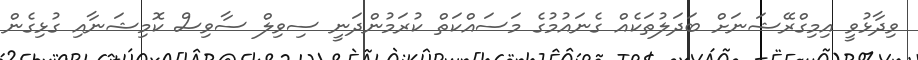
ވިދާޅުވީ އިމިގްރޭޝަނަށް ބަދަލުތަކެއް ގެނައުމުގެ މަސައްކަތް ކުރަމުންދަނީ ސިވިލް ސާވިސް ކޮމިޝަނާއި ގުޅިގެން